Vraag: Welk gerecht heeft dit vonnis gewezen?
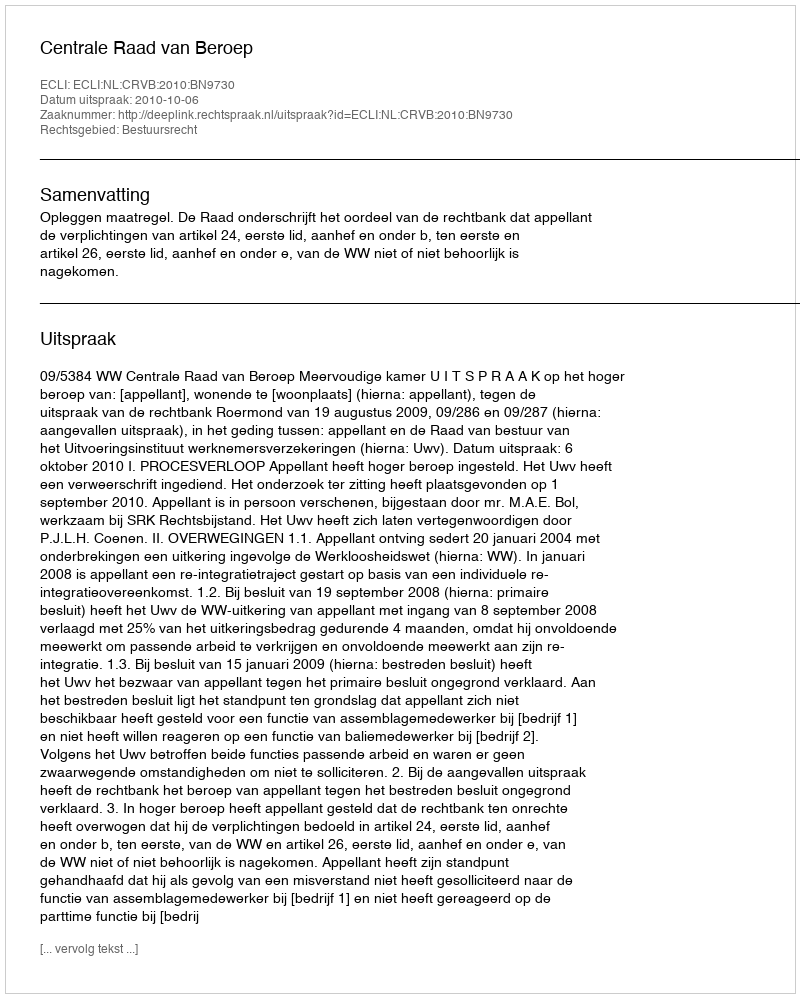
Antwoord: Centrale Raad van Beroep